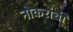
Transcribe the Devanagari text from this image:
नोकरांची